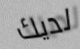
لديك